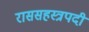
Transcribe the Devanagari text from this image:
राससहस्त्रपदी